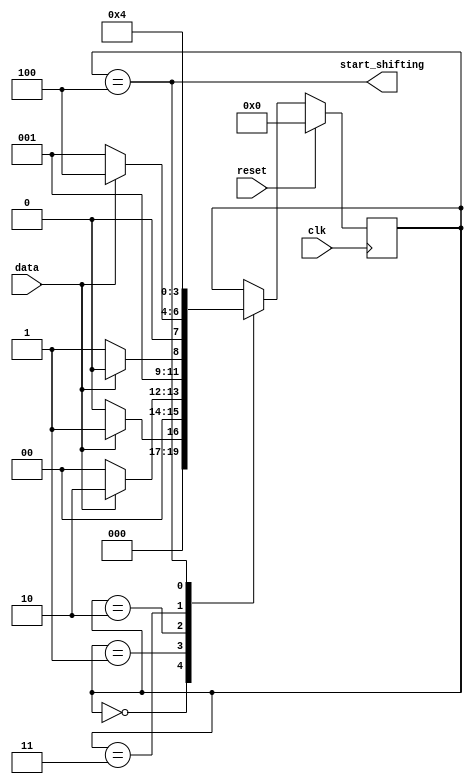
module top_module (
    input clk,
    input reset,      // Synchronous reset
    input data,
    output start_shifting);

    reg [3:0] state;
    always @(posedge clk) begin
        if (reset)
            state <= 0;
        else begin
            case (state)
                0: begin
                    if (data==1)
                        state <= 1;
                    else
                        state <= 0;
                end
                1: begin
                    if (data==1)
                        state <= 2;
                    else
                        state <= 0;
                end
                2: begin
                    if (data==0)
                        state <= 3;
                    else
                        state <= 2;
                end
                3: begin
                    if (data==1)
                        state <= 4;
                    else
                        state <= 1;
                end
                4: state <= 4;
            endcase
        end
    end
     
    assign start_shifting = (state==4);
        
endmodule